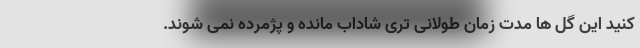
کنید این گل ها مدت زمان طولانی تری شاداب مانده و پژمرده نمی شوند.